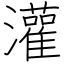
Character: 灌